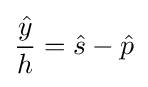
{\frac {\hat {y}}{h}}={\hat {s}}-{\hat {p}}